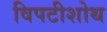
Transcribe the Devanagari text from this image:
विपटीशोथ